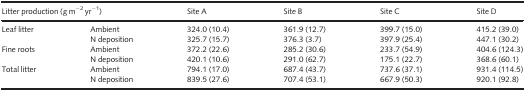
<table><thead><tr><td colspan="2"><b>Litter production (g m<sup>−2</sup> yr<sup>−1</sup>)</b></td><td><b>Site A</b></td><td><b>Site B</b></td><td><b>Site C</b></td><td><b>Site D</b></td></tr></thead><tbody><tr><td rowspan="2">Leaf litter</td><td>Ambient</td><td>324.0 (10.4)</td><td>361.9 (12.7)</td><td>399.7 (15.0)</td><td>415.2 (39.0)</td></tr><tr><td>N deposition</td><td>325.7 (15.7)</td><td>376.3 (3.7)</td><td>397.9 (25.4)</td><td>447.1 (30.2)</td></tr><tr><td rowspan="2">Fine roots</td><td>Ambient</td><td>372.2 (22.6)</td><td>285.2 (30.6)</td><td>233.7 (54.9)</td><td>404.6 (124.3)</td></tr><tr><td>N deposition</td><td>420.1 (10.6)</td><td>291.0 (62.7)</td><td>175.1 (22.7)</td><td>368.6 (60.1)</td></tr><tr><td rowspan="2">Total litter</td><td>Ambient</td><td>794.1 (17.0)</td><td>687.4 (43.7)</td><td>737.6 (37.1)</td><td>931.4 (114.5)</td></tr><tr><td>N deposition</td><td>839.5 (27.6)</td><td>707.4 (53.1)</td><td>667.9 (50.3)</td><td>920.1 (92.8)</td></tr></tbody></table>